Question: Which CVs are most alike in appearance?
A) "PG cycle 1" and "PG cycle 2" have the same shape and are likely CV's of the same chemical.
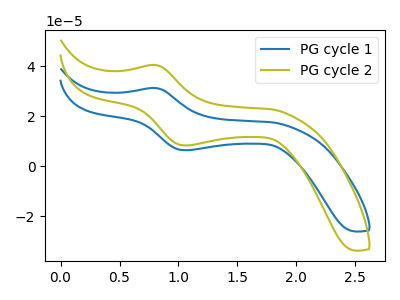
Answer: <think>The blue curve "PG cycle 1" has an anodic peak at (0.80V, 31.35uA) and a cathodic peak at (1.05V, 6.50uA). The olive curve "PG cycle 2" has an anodic peak at (0.80V, 40.55uA) and a cathodic peak at (1.05V, 8.40uA).
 All the peaks in "PG cycle 1" have a peak in "PG cycle 2" at the same potential.</think>
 <answer>A) "PG cycle 1" and "PG cycle 2" have the same shape and are likely CV's of the same chemical.</answer>
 <eval>A</eval>